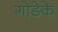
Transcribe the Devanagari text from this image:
गोडेके